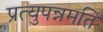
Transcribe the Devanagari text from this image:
प्रत्युपन्नमति